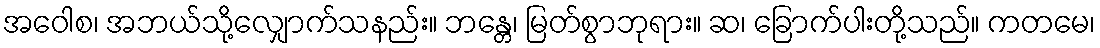
အဝေါစ၊ အဘယ်သို့လျှောက်သနည်း။ ဘန္တေ၊ မြတ်စွာဘုရား။ ဆ၊ ခြောက်ပါးတို့သည်။ ကတမေ၊